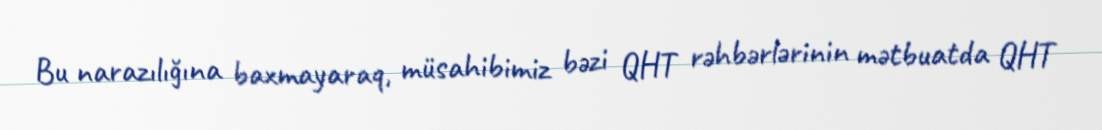
Bu narazılığına baxmayaraq, müsahibimiz bəzi QHT rəhbərlərinin mətbuatda QHT